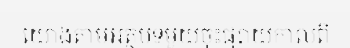
យោងតាមអត្ថបទមួយចុះផ្សាយកាលពី